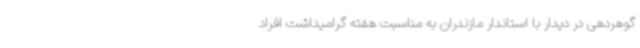
گوهردهی در دیدار با استاندار مازندران به مناسبت هفته گرامیداشت افراد